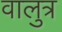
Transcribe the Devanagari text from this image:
वालुत्र